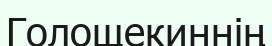
Голощекиннің